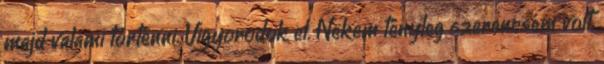
majd valami történni. Vigyorodok el. Nekem tényleg szerencsém volt,